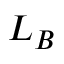
L _ { B }